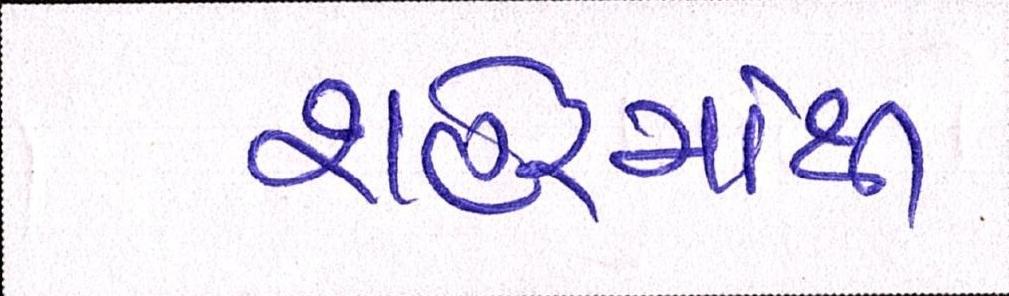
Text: શહેરમાંથી